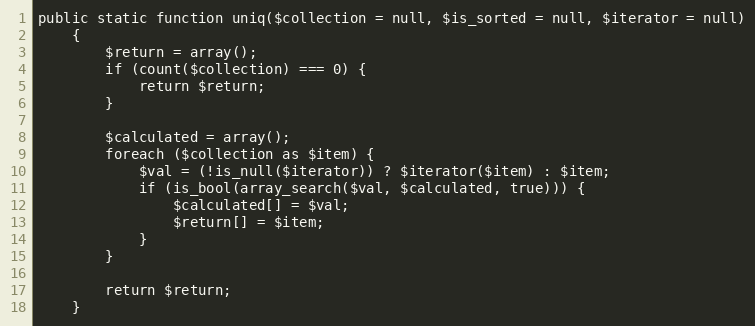
Language: PHP
public static function uniq($collection = null, $is_sorted = null, $iterator = null)
    {
        $return = array();
        if (count($collection) === 0) {
            return $return;
        }

        $calculated = array();
        foreach ($collection as $item) {
            $val = (!is_null($iterator)) ? $iterator($item) : $item;
            if (is_bool(array_search($val, $calculated, true))) {
                $calculated[] = $val;
                $return[] = $item;
            }
        }

        return $return;
    }